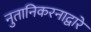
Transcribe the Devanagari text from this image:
नुतानिकरनाद्वारे